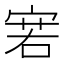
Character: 𰍊